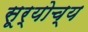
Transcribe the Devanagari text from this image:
सूर्योच्य